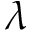
\lambda